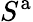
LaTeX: S^{\mathrm{a}}